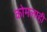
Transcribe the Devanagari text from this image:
कोमलाही